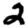
Digit: 2